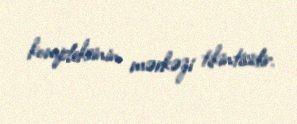
kompleksinin mərkəzi tikintisidir.